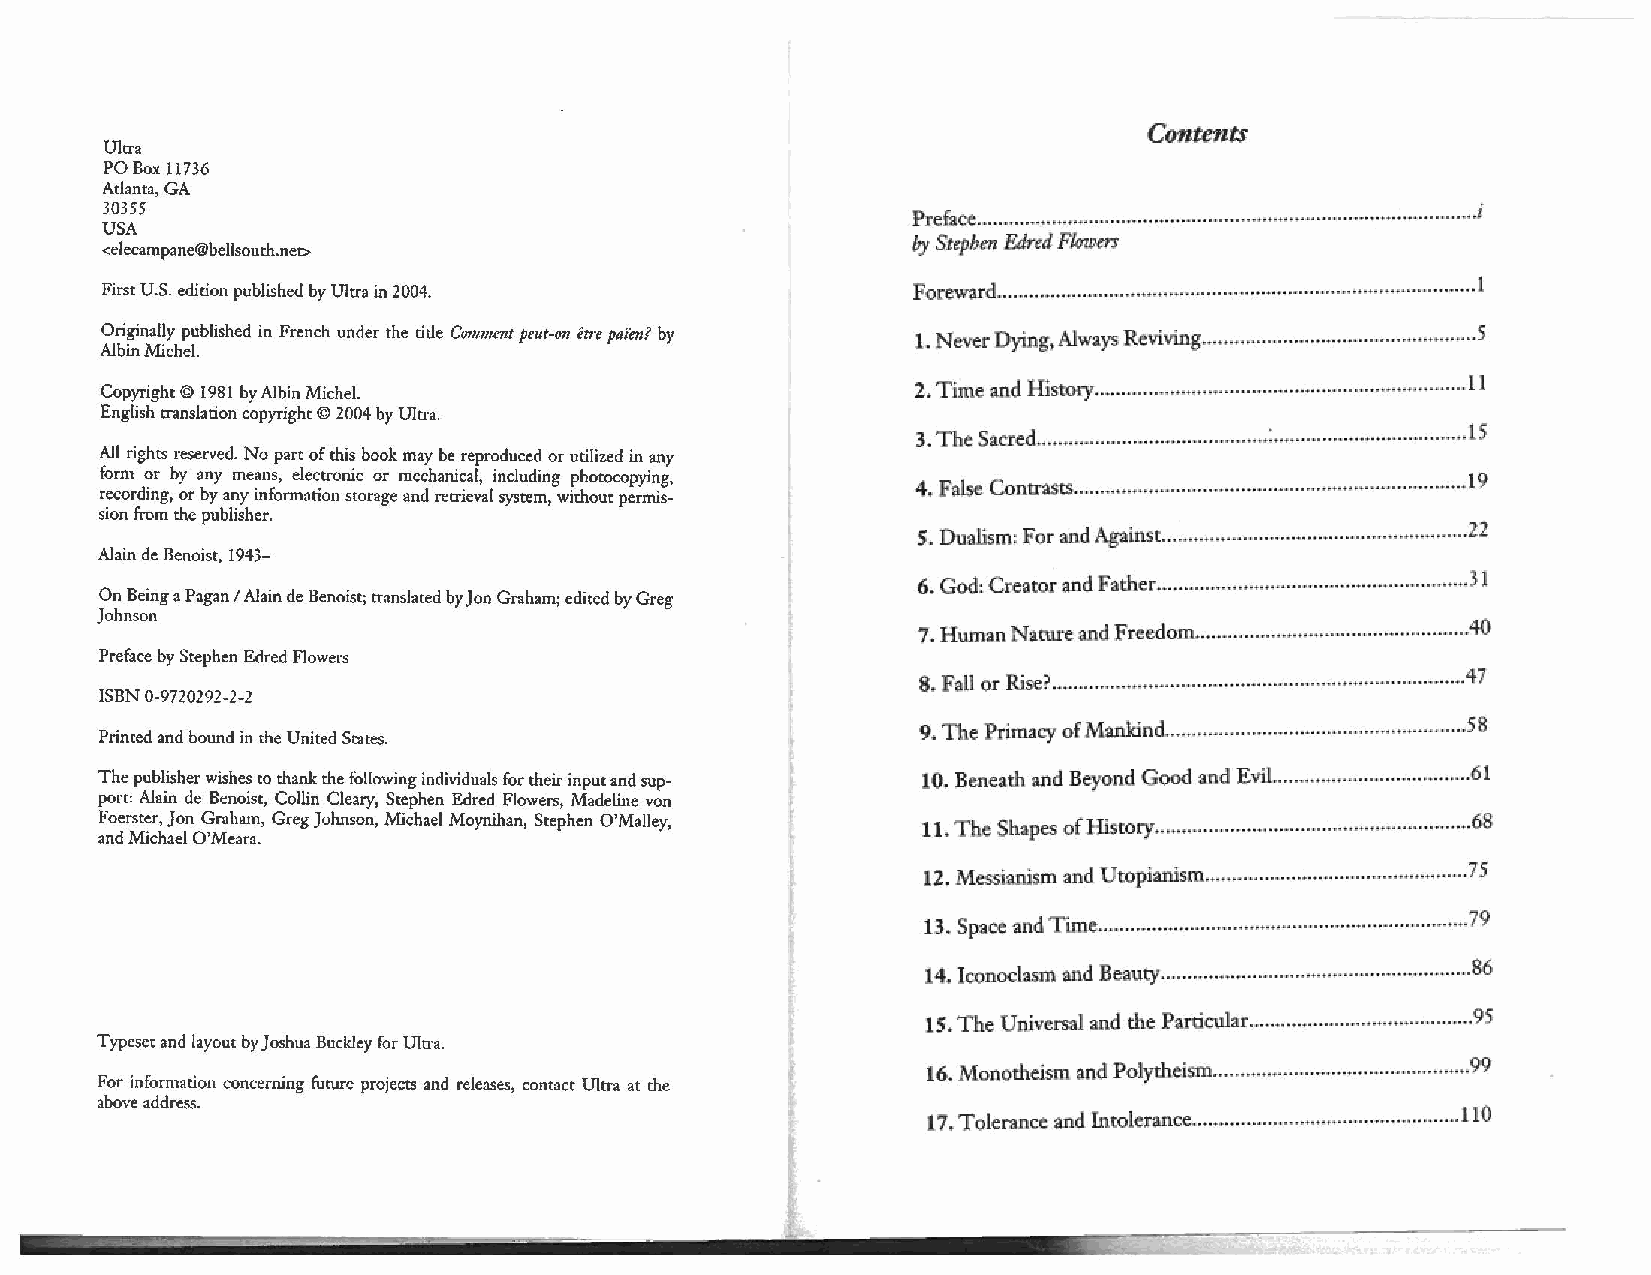
Conunts
 Ultra
 POBox 11736
 Atlanta, GA
 30355                                                .PI-e face .......- ~-~ .... ~ ..................................· · ..... ··········. ................. ······· .. ~ ................... ··········· 1
 USA
 by Sttphm &Wed Fltrwm
 <elecampane®bellsouth.net>
 First U.S. edition published by Ultra in 2004.       Foreward. ........................................................................... ····. .. ·· . .. ·. ..........., . ...... ·· ·· · · · ......... · 1
 Originally published in French under the title C01m11ent peut-on etn pai'en? by 1. Never Dying. Always Revivi.ng .•.••.•...........•..•.•.•................••.•..... 5
 Albin Michel.
 Copyright © 1981 by Albin Michel.                    2. Time and History. .........................................· ··· .. ·········•·•······ .... 11
 English translation copyright© 2004 by Ultra.
 3. The Sacred ........................................... :. ................................... 15
 All rights reserved. No part of this book may be reproduced or utilized in any
 form or by any means, electronic or mechanical, including photocopying, 4. Flllse ContraSt$ ......................................................................... 19
 recording, or by any information storage and retrieval system, withour permis
 sion from the publisher.
 S. Dualism: For and Against ......................................................... 2!
 Alain de Benoist, 1943-
 6. God: Creator and Father. ......................................................... 3l
 On Being a Pagan I Alain de Benoist; translated by Jon Graham; edited by Greg
 Johnson
 7. Human Nature and Freedom. ..................................................4 0
 Preface by Stephen Edred Flowers
 8. Fal1 or Rise? ..............................................................................4 7
 ISBN 0-9720292-2-2
 9. The Primacy of M.llnldnd ......................................................... 58
 Primed and bound in the United States.
 The publisher wishes to thank the following individuals for their input and sup 10. Beneath and Beyond Good and Evil.. ................................... 61
 port: Alain de Benoist, Collin Cleary, Stephen Edred Flowers, Madeline von
 Foerster, Jon Graham, Greg Johnson, Michael Moynihan, Stephen O'Malley, 11. The Shapes ofHist:ory. ..........................................................6 8
 and Michael O'Meara.
 12:. Messianism and Utopianism .................................................7 5
 13. Spaoe -and Tune. ....................................................................7 9
 14. Iconodasnl and Beauty .............................................. ···•·. ... ·· .86
 15. The Universal and the Parti.cular .......................................... 95
 Typeset and layout by Joshua Buckley for Ultra.
 16. Monotheism and Polytheism .................................................9 9
 For information concerning furure projects and releases, contact Ultra at the
 above address.
 l7. Tolerance and Intolerance ............................. ···. ............ ·. ... ll 0